Report of the Imperial Institute of Veterinary Research, Muktesar
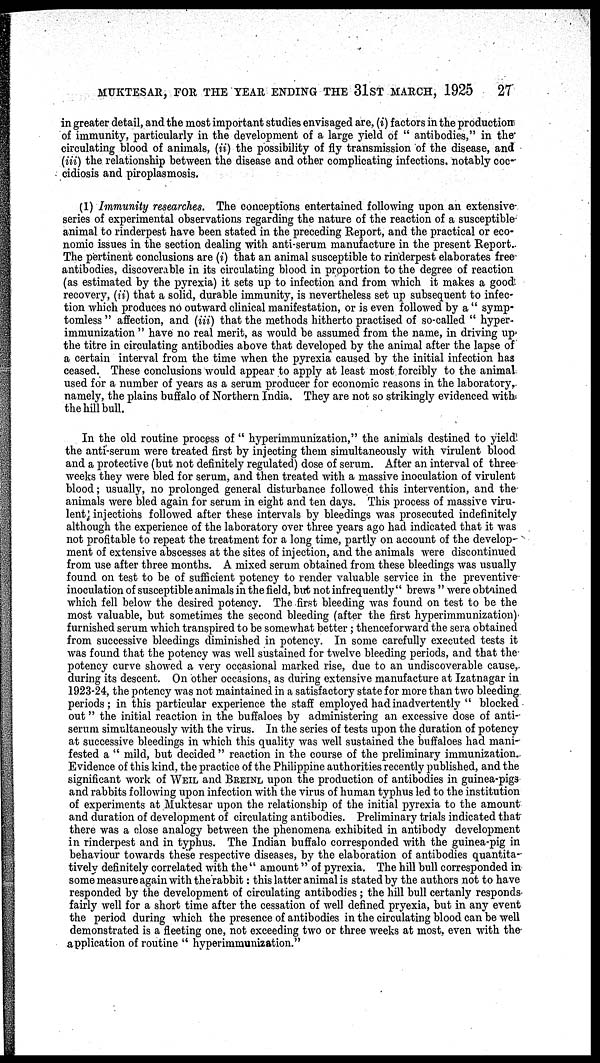
MUKTESAR, FOR THE YEAR ENDING THE 31ST MARCH, 1925
27
in greater detail, and the most important studies envisaged are, (i) factors in the production
of immunity, particularly in the development of a large yield of " antibodies," in the
circulating blood of animals, (ii) the possibility of fly transmission of the disease, and
(iii) the relationship between the disease and other complicating infections, notably coc-
cidiosis and piroplasmosis.
(1) Immunity researches. The conceptions entertained following upon an extensive
series of experimental observations regarding the nature of the reaction of a susceptible
animal to rinderpest have been stated in the preceding Report, and the practical or eco-
nomic issues in the section dealing with anti-serum manufacture in the present Report.
The pertinent conclusions are (i) that an animal susceptible to rinderpest elaborates free
antibodies, discoverable in its circulating blood in proportion to the degree of reaction
(as estimated by the pyrexia) it sets up to infection and from which it makes a good
recovery, (ii) that a solid, durable immunity, is nevertheless set up subsequent to infec-
tion which produces no outward clinical manifestation, or is even followed by a " symp-
tomless " affection, and (iii) that the methods hitherto practised of so-called " hyper¬
immunization " have no real merit, as would be assumed from the name, in driving up
the titre in circulating antibodies above that developed by the animal after the lapse of
a certain interval from the time when the pyrexia caused by the initial infection has
ceased. These conclusions would appear to apply at least most forcibly to the animal
used for a number of years as a serum producer for economic reasons in the laboratory,
namely, the plains buffalo of Northern India. They are not so strikingly evidenced with
the hill bull.
In the old routine process of " hyperimmunization," the animals destined to yield
the anti-serum were treated first by injecting them simultaneously with virulent blood
and a protective (but not definitely regulated) dose of serum. After an interval of three
weeks they were bled for serum, and then treated with a massive inoculation of virulent
blood; usually, no prolonged general disturbance followed this intervention, and the
animals were bled again for serum in eight and ten days. This process of massive viru-
lent injections followed after these intervals by bleedings was prosecuted indefinitely
although the experience of the laboratory over three years ago had indicated that it was
not profitable to repeat the treatment for a long time, partly on account of the develop-
ment of extensive abscesses at the sites of injection, and the animals were discontinued
from use after three months. A mixed serum obtained from these bleedings was usually
found on test to be of sufficient potency to render valuable service in the preventive
inoculation of susceptible animals in the field, but not infrequently" brews " were obtained
which fell below the desired potency. The first bleeding was found on test to be the
most valuable, but sometimes the second bleeding (after the first hyperimmunization)
furnished serum which transpired to be somewhat better; thenceforward the sera obtained
from successive bleedings diminished in potency. In some carefully executed tests it
was found that the potency was well sustained for twelve bleeding periods, and that the
potency curve showed a very occasional marked rise, due to an undiscoverable cause,
during its descent. On other occasions, as during extensive manufacture at Izatnagar in
1923-24, the potency was not maintained in a satisfactory state for more than two bleeding
periods; in this particular experience the staff employed had inadvertently " blocked
out" the initial reaction in the buffaloes by administering an excessive dose of anti-
serum simultaneously with the virus. In the series of tests upon the duration of potency
at successive bleedings in which this quality was well sustained the buffaloes had mani-
fested a " mild, but decided " reaction in the course of the preliminary immunization.
Evidence of this kind, the practice of the Philippine authorities recently published, and the
significant work of WEIL and BREINL upon the production of antibodies in guinea-pigs
and rabbits following upon infection with the virus of human typhus led to the institution
of experiments at Muktesar upon the relationship of the initial pyrexia to the amount
and duration of development of circulating antibodies. Preliminary trials indicated that
there was a close analogy between the phenomena exhibited in antibody development
in rinderpest and in typhus. The Indian buffalo corresponded with the guinea-pig in
behaviour towards these respective diseases, by the elaboration of antibodies quantita-
tively definitely correlated with the " amount" of pyrexia. The hill bull corresponded in
some measure again with the rabbit: this latter animal is stated by the authors not to have
responded by the development of circulating antibodies; the hill bull certanly responds
fairly well for a short time after the cessation of well defined pryexia, but in any event
the period during which the presence of antibodies in the circulating blood can be well
demonstrated is a fleeting one, not exceeding two or three weeks at most, even with the
application of routine " hyperimmunization."